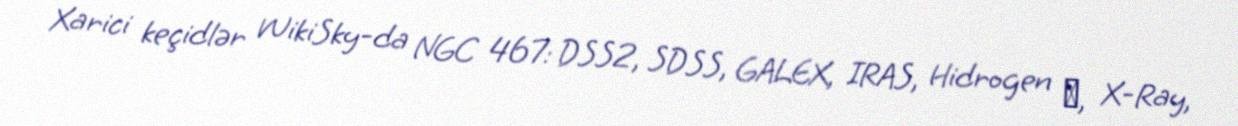
Xarici keçidlər WikiSky-da NGC 467: DSS2, SDSS, GALEX, IRAS, Hidrogen α, X-Ray,